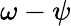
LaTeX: \omega-\psi